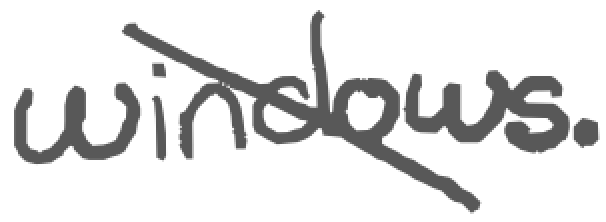
Text: windows.
Cross-out: diagonal
Writing tool: digital_gray